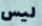
ليس